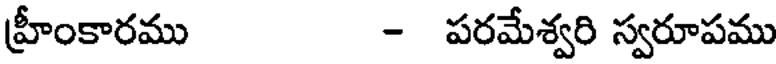
హ్రీంకారము - పరమేశ్వరి స్వరూపము